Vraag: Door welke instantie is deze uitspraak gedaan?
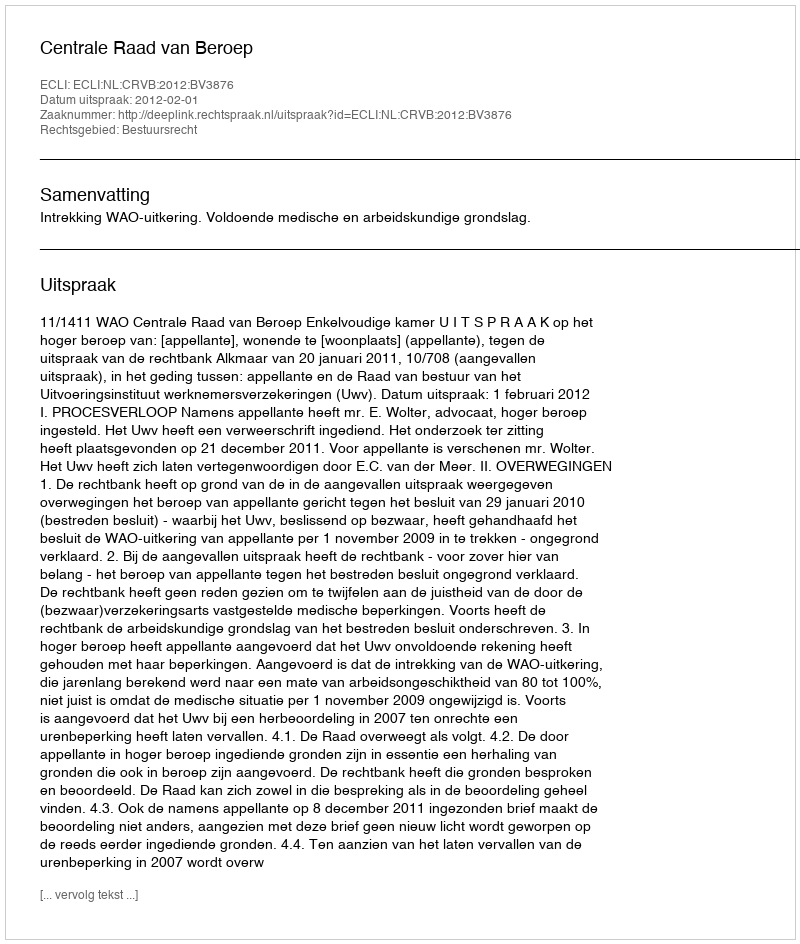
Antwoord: Centrale Raad van Beroep